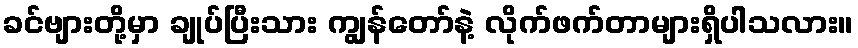
ခင်ဗျားတို့မှာ ချုပ်ပြီးသား ကျွန်တော်နဲ့ လိုက်ဖက်တာများရှိပါသလား။